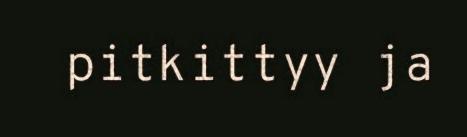
pitkittyy ja